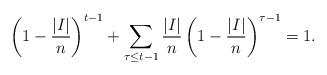
LaTeX: \begin{align*}\left(1-\frac{|I|}{n}\right)^{t-1} + \sum_{ \tau \leq t - 1 } \frac{\lvert I \rvert}{n}\left(1-\frac{|I|}{n}\right)^{\tau-1} = 1.\end{align*}